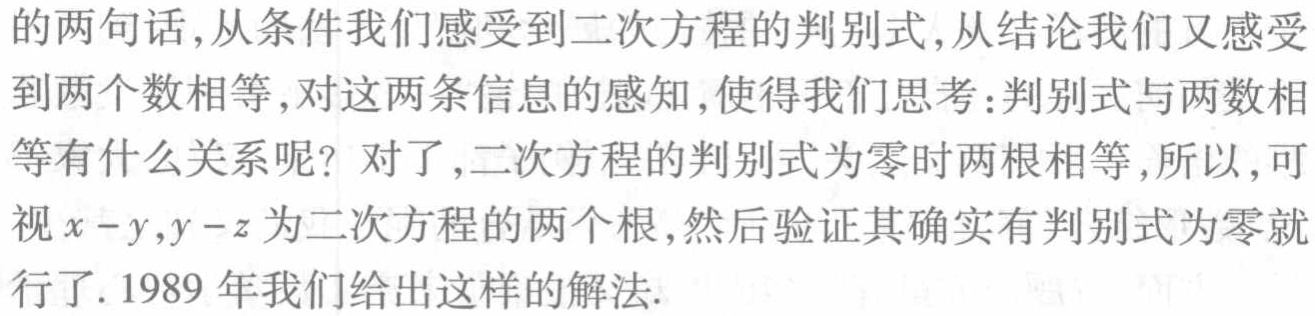
的两句话,从条件我们感受到二次方程的判别式,从结论我们又感受到两个数相等,对这两条信息的感知,使得我们思考:判别式与两数相等有什么关系呢？对了,二次方程的判别式为零时两根相等,所以,可视\(x - y,y - z\)为二次方程的两个根,然后验证其确实有判别式为零就行了. 1989 年我们给出这样的解法.